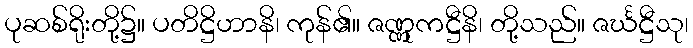
ပုဆစ်ရိုးတို့၌။ ပတိဋ္ဌိဟာနိ၊ ကုန်၏။ ဇဏ္ဏုကဋ္ဌီနိ၊ တို့သည်။ ဇင်္ဃဋ္ဌီသု၊